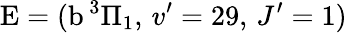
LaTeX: \textrm{E}=(\textrm{b}\, ^{3}\Pi_{1},\, v^{\prime}=29,\, J^{\prime}=1)